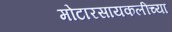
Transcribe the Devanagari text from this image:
मोटारसायकलींच्या